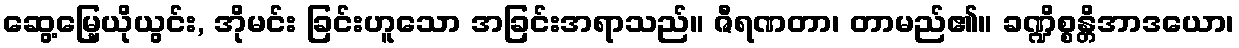
ဆွေ့မြေ့ယိုယွင်း, အိုမင်း ခြင်းဟူသော အခြင်းအရာသည်။ ဇီရဏတာ၊ တာမည်၏။ ခဏ္ဍိစ္စန္တိအာဒယော၊